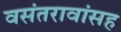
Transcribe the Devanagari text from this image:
वसंतरावांसह